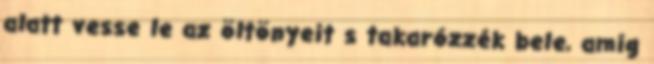
alatt vesse le az öltönyeit s takarózzék bele, amíg